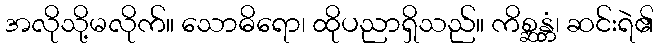
အလိုသို့မလိုက်။ သောဓိရော၊ ထိုပညာရှိသည်။ ကိစ္ဆန္တံ၊ ဆင်းရဲ၏